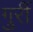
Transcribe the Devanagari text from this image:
गुर्री